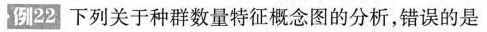
例22下列关于种群数量特征概念图的分析，错误的是